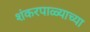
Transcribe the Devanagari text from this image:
शंकरपाळ्याच्या